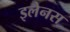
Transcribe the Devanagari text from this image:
इलेनस